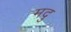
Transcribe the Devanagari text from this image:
मदु